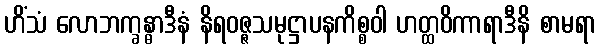
ဟိံသံ လောဘက္ခန္ဓာဒီနံ နိရဝဇ္ဇသမုဋ္ဌာပနကိစ္စဝါ ဟတ္ထဝိကာရာဒီနိ စာမရာ